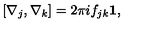
[ \nabla _ { j } , \nabla _ { k } ] = 2 \pi i f _ { j k } { \bf 1 } ,